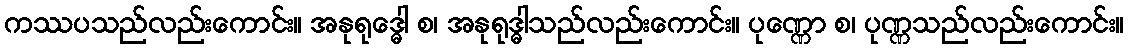
ကဿပသည်လည်းကောင်း။ အနုရုဒ္ဓေါ စ၊ အနုရုဒ္ဓါသည်လည်းကောင်း။ ပုဏ္ဏော စ၊ ပုဏ္ဏသည်လည်းကောင်း။